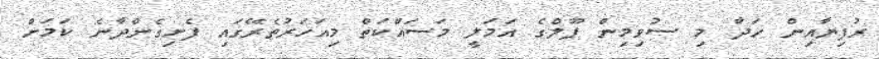
ރުފިޔާއިން ހަދާ މި ސުވިމިން ޕޫލްގެ އަމަލީ މަސައްކަތް މިއަހަރުތެރޭގައި ފެށިގެންދާނެ ކަމަށް